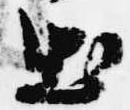
出